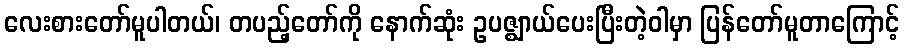
လေးစားတော်မူပါတယ်၊ တပည့်တော်ကို နောက်ဆုံး ဥပဇ္ဈာယ်ပေးပြီးတဲ့ဝါမှာ ပြန်တော်မူတာကြောင့်